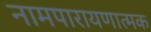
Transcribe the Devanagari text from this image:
नामपारायणात्मक